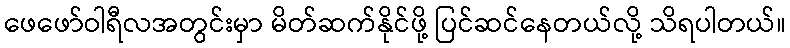
ဖေဖော်ဝါရီလအတွင်းမှာ မိတ်ဆက်နိုင်ဖို့ ပြင်ဆင်နေတယ်လို့ သိရပါတယ်။